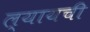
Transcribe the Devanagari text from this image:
ल्यायची